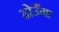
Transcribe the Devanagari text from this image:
होउँगा